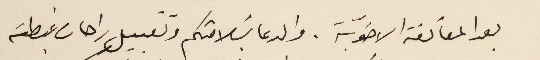
بعد المعانقة الاخويّة. والدعا بسَلامتكم وتقبيل راحات غبطته